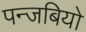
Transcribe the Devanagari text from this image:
पन्जबियो